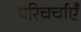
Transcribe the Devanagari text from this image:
परिचर्चाएँ